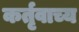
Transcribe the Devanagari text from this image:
कर्तृवाच्य